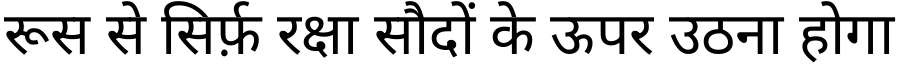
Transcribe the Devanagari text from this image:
रूस से सिर्फ़ रक्षा सौदों के ऊपर उठना होगा